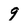
Character: 9